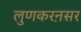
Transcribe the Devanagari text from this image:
लुणकरऩसर